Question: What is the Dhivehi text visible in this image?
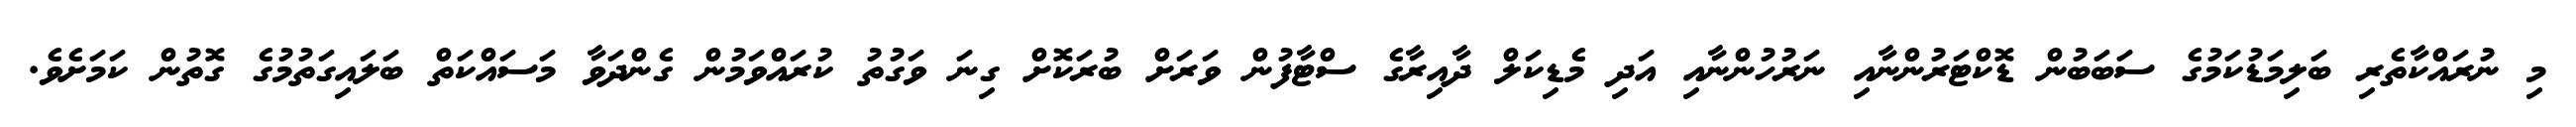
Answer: މި ނުރައްކާތެރި ބަލިމަޑުކަމުގެ ސަބަބުން ޑޮކްޓަރުންނާއި ނަރުހުންނާއި އަދި މެޑިކަލް ދާއިރާގެ ސްޓާފުން ވަރަށް ބުރަކޮށް ގިނަ ވަގުތު ކުރައްވަމުން ގެންދަވާ މަސައްކަތް ބަލައިގަތުމުގެ ގޮތުން ކަމަށެވެ.